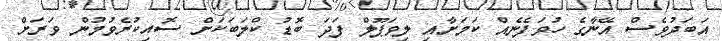
އަބަދުވެސް އޭނާގެ ހުވަފެނެއް ކަމަށާއި ލިވަޕޫލް ފަދަ ބޮޑު ކްލަބަކަށް ސޮއިކުރެވުމުން ވަރަށް